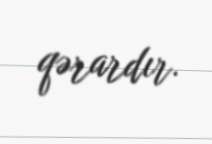
qərardır.